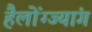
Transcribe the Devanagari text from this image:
हैलोंग्ज्यांग